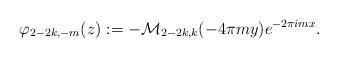
LaTeX: \begin{align*}\varphi_{2-2k,-m}(z):=-\mathcal{M}_{2-2k,k}(-4\pi m y) e^{-2\pi i mx}.\end{align*}